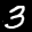
Label: 3